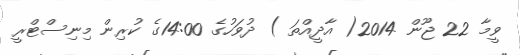
ވީމާ 22 ޖޫން 2014( އާދީއްތަ ) ދުވަހުގެ 14:00ގެ ކުރިން މިނިސްޓްރީ